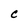
Character: C